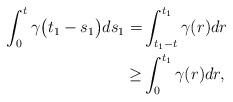
LaTeX: \begin{align*} \int_{0}^t \gamma\big(t_{1}-s_{1}\big)ds_{1}= & \int_{t_{1}-t}^{t_1}\gamma(r)dr\\ \geq & \int_0^{t_1} \gamma(r)dr, \end{align*}